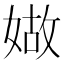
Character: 𡟁